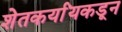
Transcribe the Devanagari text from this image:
शेतकर्यांयकडून